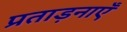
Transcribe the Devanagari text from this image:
प्रताड़नाएँ